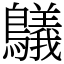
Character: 鸃